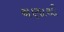
ચણાથી